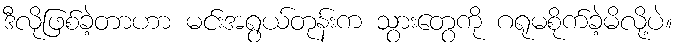
ဒီလိုဖြစ်ခဲ့တာဟာ မင်းအရွယ်တုန်းက သွားတွေကို ဂရုမစိုက်ခဲ့မိလို့ပဲ။